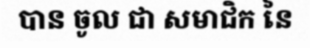
បាន ចូល ជា សមាជិក នៃ